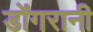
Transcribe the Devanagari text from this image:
डोंगरानी